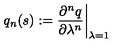
q _ { n } ( s ) : = { \frac { \partial ^ { n } q } { \partial \lambda ^ { n } } } \biggr \vert _ { \lambda = 1 }